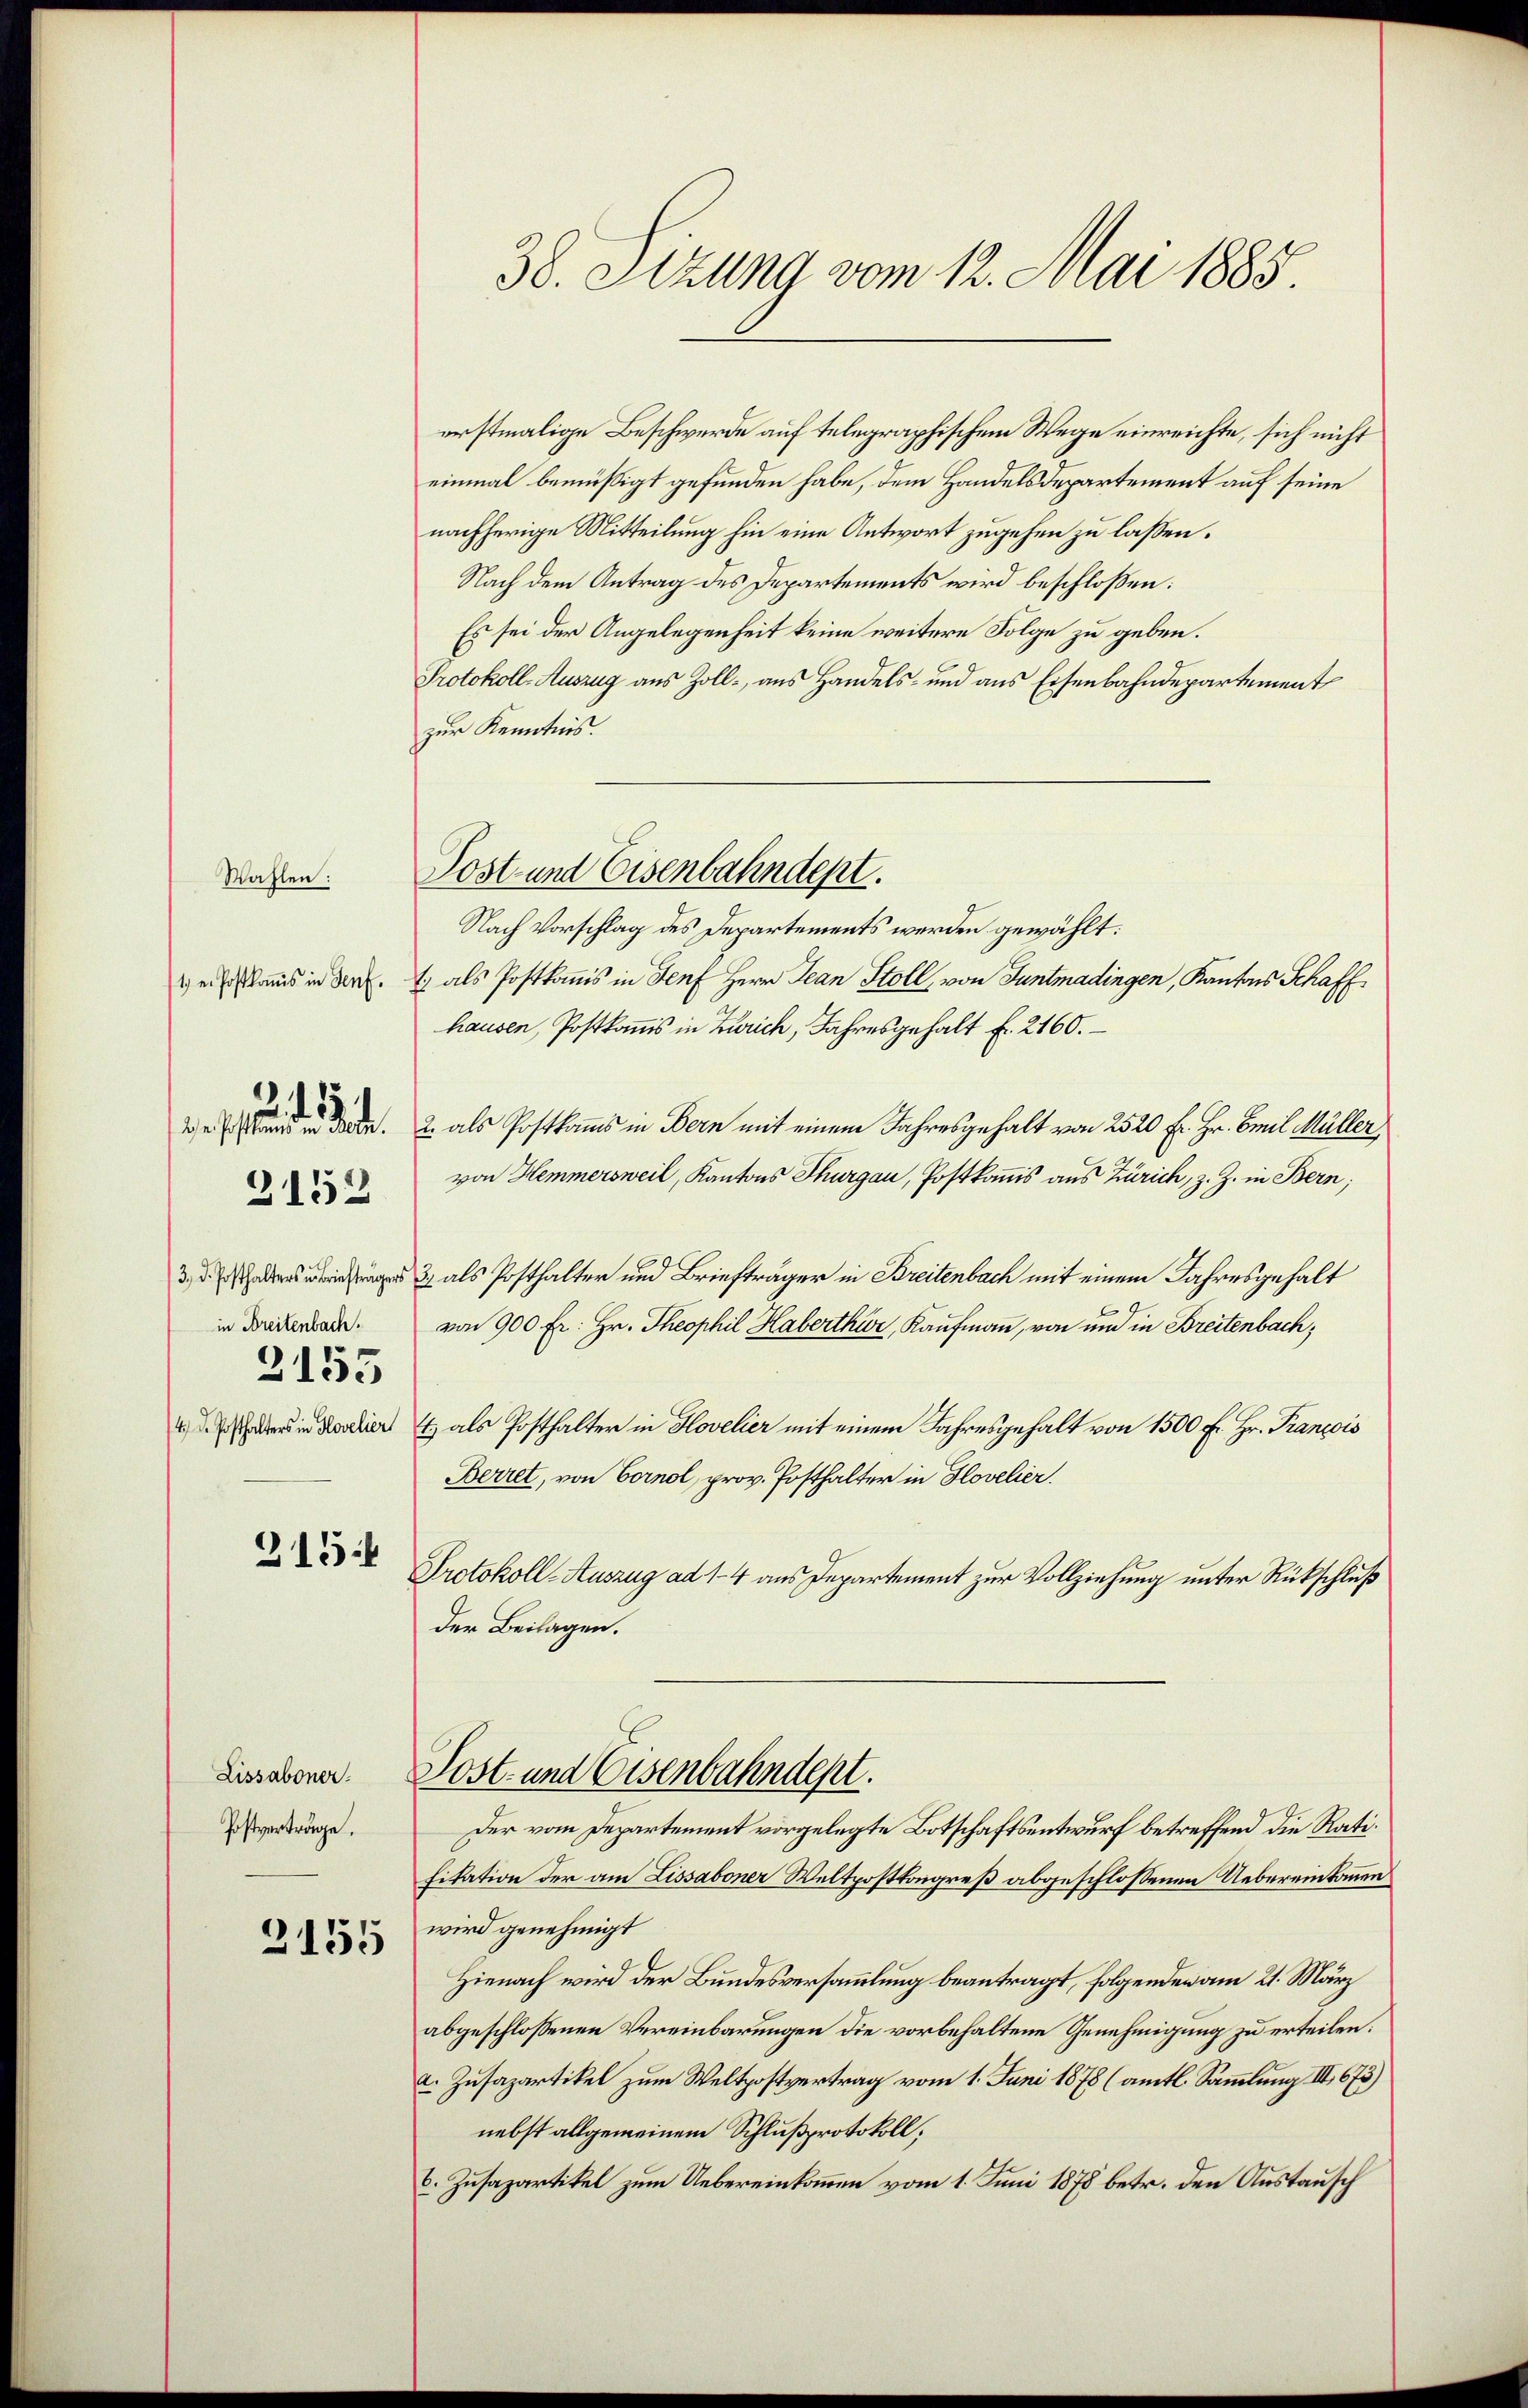
Wahlen:
2152
in Breitenbach.
2155
4) Dr. Posthalters in Hovelier

315

Lissaboner.
Postverträge.

2155

38. Sizung vom 12. Mai 1885.

erstmalige Beschwerde auf telegraphischem Wege einreichte, sich nicht
einmal bemüßigt gefunden habe, dem Handelsdepartement auf seine
nachherige Mitteilung hin eine Antwort zugehen zu laßen.
Nach dem Antrag des Departements wird beschloßen:
Es sei der Angelegenheit keine weitere Folge zu geben.
Protokoll-Auszug aus Zoll, aus Handels- und aus Eisenbahndepartement
zur Kenntnis.
Nach Vorschlag des Departements werden gewählt:
eonis in Art. 1) als Postkommis in Genf Herr Jean Stoll, von Gantmadingen, Kantons Schaffhausen, Postkomis in Zürich, Jahresgehalt fr. 2160.
             2 als Postkams in Bern mit einem Jahresgehalt von 2520 Fr. Hr. Emil Müller
von Hemmersweil, Kantons Thurgau, Postkommis aus Zürich, z. Z. in Bern;
33. als Posthalter und Briefträger in Breitenbach mit einem Jahresgehalt
von 900 Fr. Hr. Theophil Haberthur, Kaufmann, von und in Breitenbach,
) als Posthalter in Hovelier mit einem Jahresgehalt von 1500 Fr. Hr. Franzis
Berret, von Cornel, prov. Posthalter in Hovelier.
Protokoll-Auszug ad 14 aus Departement zur Vollziehung unter Rückschluß
der Beilagen.
Sost- und Eisenbahndept.
Der vom Departement vorgelegte Botschaftsentwurf betreffend die Ratifikation der am Lissaboner Weltpostkongreß abgeschlossenen Uebereinkommen
wird genehmigt
Hienach wird der Bundesversammlung beantragt, folgenden am 21. März
abgeschlossenen Vereinbarungen die vorbehaltene Genehmigung zu erteilen:
a. Zusapartikel zum Weltpostvertrag vom 1. Juni 1878 (amtl. Sammlung III 675)
nebst allgemeinem Schlußprotokoll;
6. Zusapartikel zum Uebereinkommen vom 1. Juni 1878 betr. den Austausch

Post und Eisenbahndept.